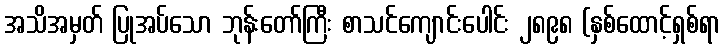
အသိအမှတ် ပြုအပ်သော ဘုန်းတော်ကြီး စာသင်ကျောင်းပေါင်း ၂၈၉၈ (နှစ်ထောင့်ရှစ်ရာ